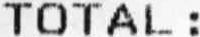
TOTAL :